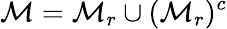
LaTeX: \mathcal{M}=\mathcal{M}_{r}\cup(\mathcal{M}_{r})^{c}